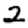
Digit: 2